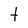
Character: t